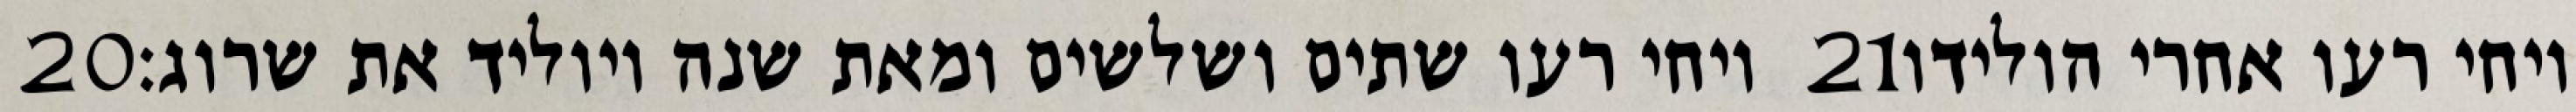
‎20‏ ויחי רעו שתים ושלשים ומאת שנה ויוליד את שרוג׃ ‎21‏ ויחי רעו אחרי הולידו